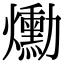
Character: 爋